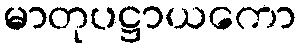
မာတုပဋ္ဌာယကော